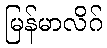
မြန်မာလိဂ်